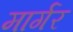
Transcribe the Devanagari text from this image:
मार्गर